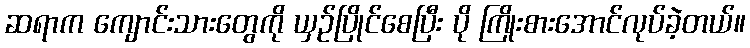
ဆရာက ကျောင်းသားတွေကို ယှဉ်ပြိုင်စေပြီး ပို ကြိုးစားအောင်လုပ်ခဲ့တယ်။